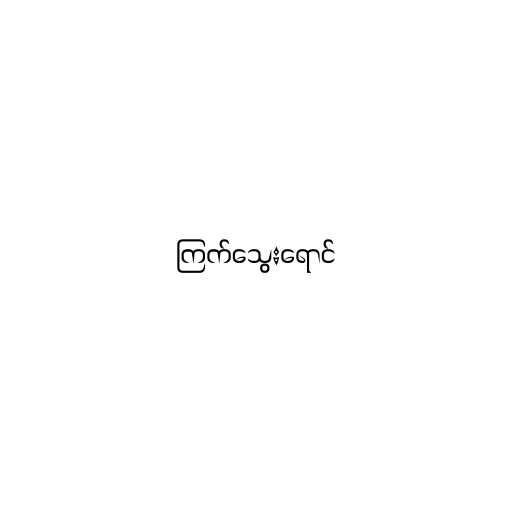
ကြက်သွေးရောင်